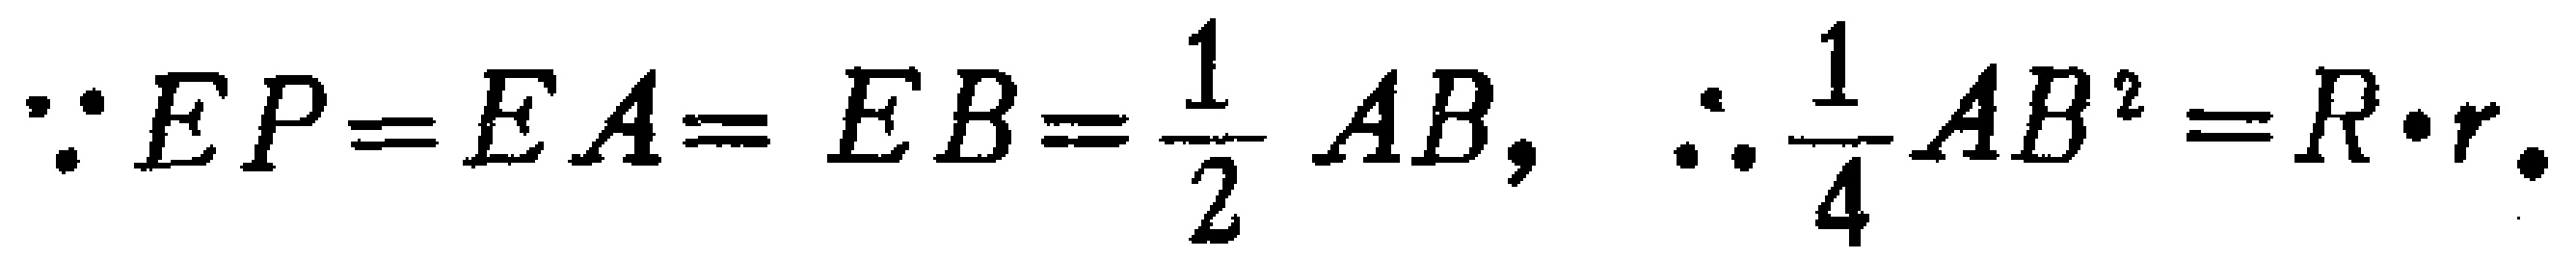
\(\because EP = EA = EB=\frac{1}{2}AB,\therefore\frac{1}{4}AB^{2}=R\cdot r.\)